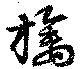
檎